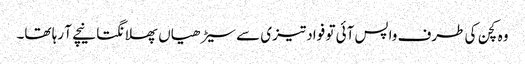
وہ کچن کی طرف واپس آئی تو فواد تیزی سے سیڑھیاں پھلانگتا نیچے آ رہا تھا۔